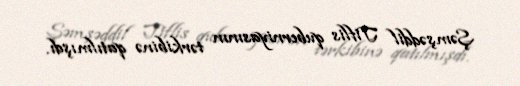
Şəmşəddil Tiflis quberniyasının tərkibinə qatılmışdı.